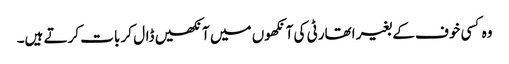
وہ کسی خوف کے بغیر اتھارٹی کی آنکھوں میں آنکھیں ڈال کر بات کرتے ہیں۔